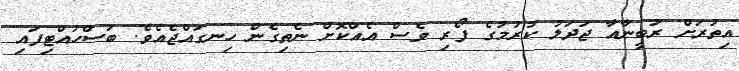
އިތުރަށް ރުބީނާއާ ޖަދަލު ކުރުމުގެ ފޯރި ވެސް އެއްކޮށް ނެތިގެން ހިނގައްޖެއެވެ. ބަސްހުއްޓިފައި